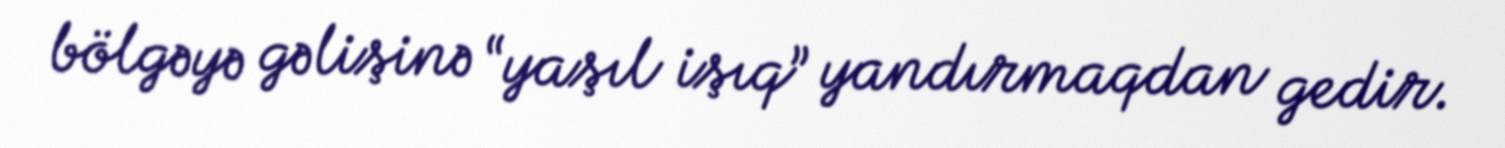
bölgəyə gəlişinə “yaşıl işıq” yandırmaqdan gedir.